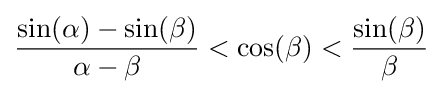
{\frac {\sin(\alpha )-\sin(\beta )}{\alpha -\beta }}<\cos(\beta )<{\frac {\sin(\beta )}{\beta }}